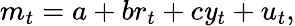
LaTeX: m_{t}=a+br_{t}+c\mathit{y}_{t}+u_{t},